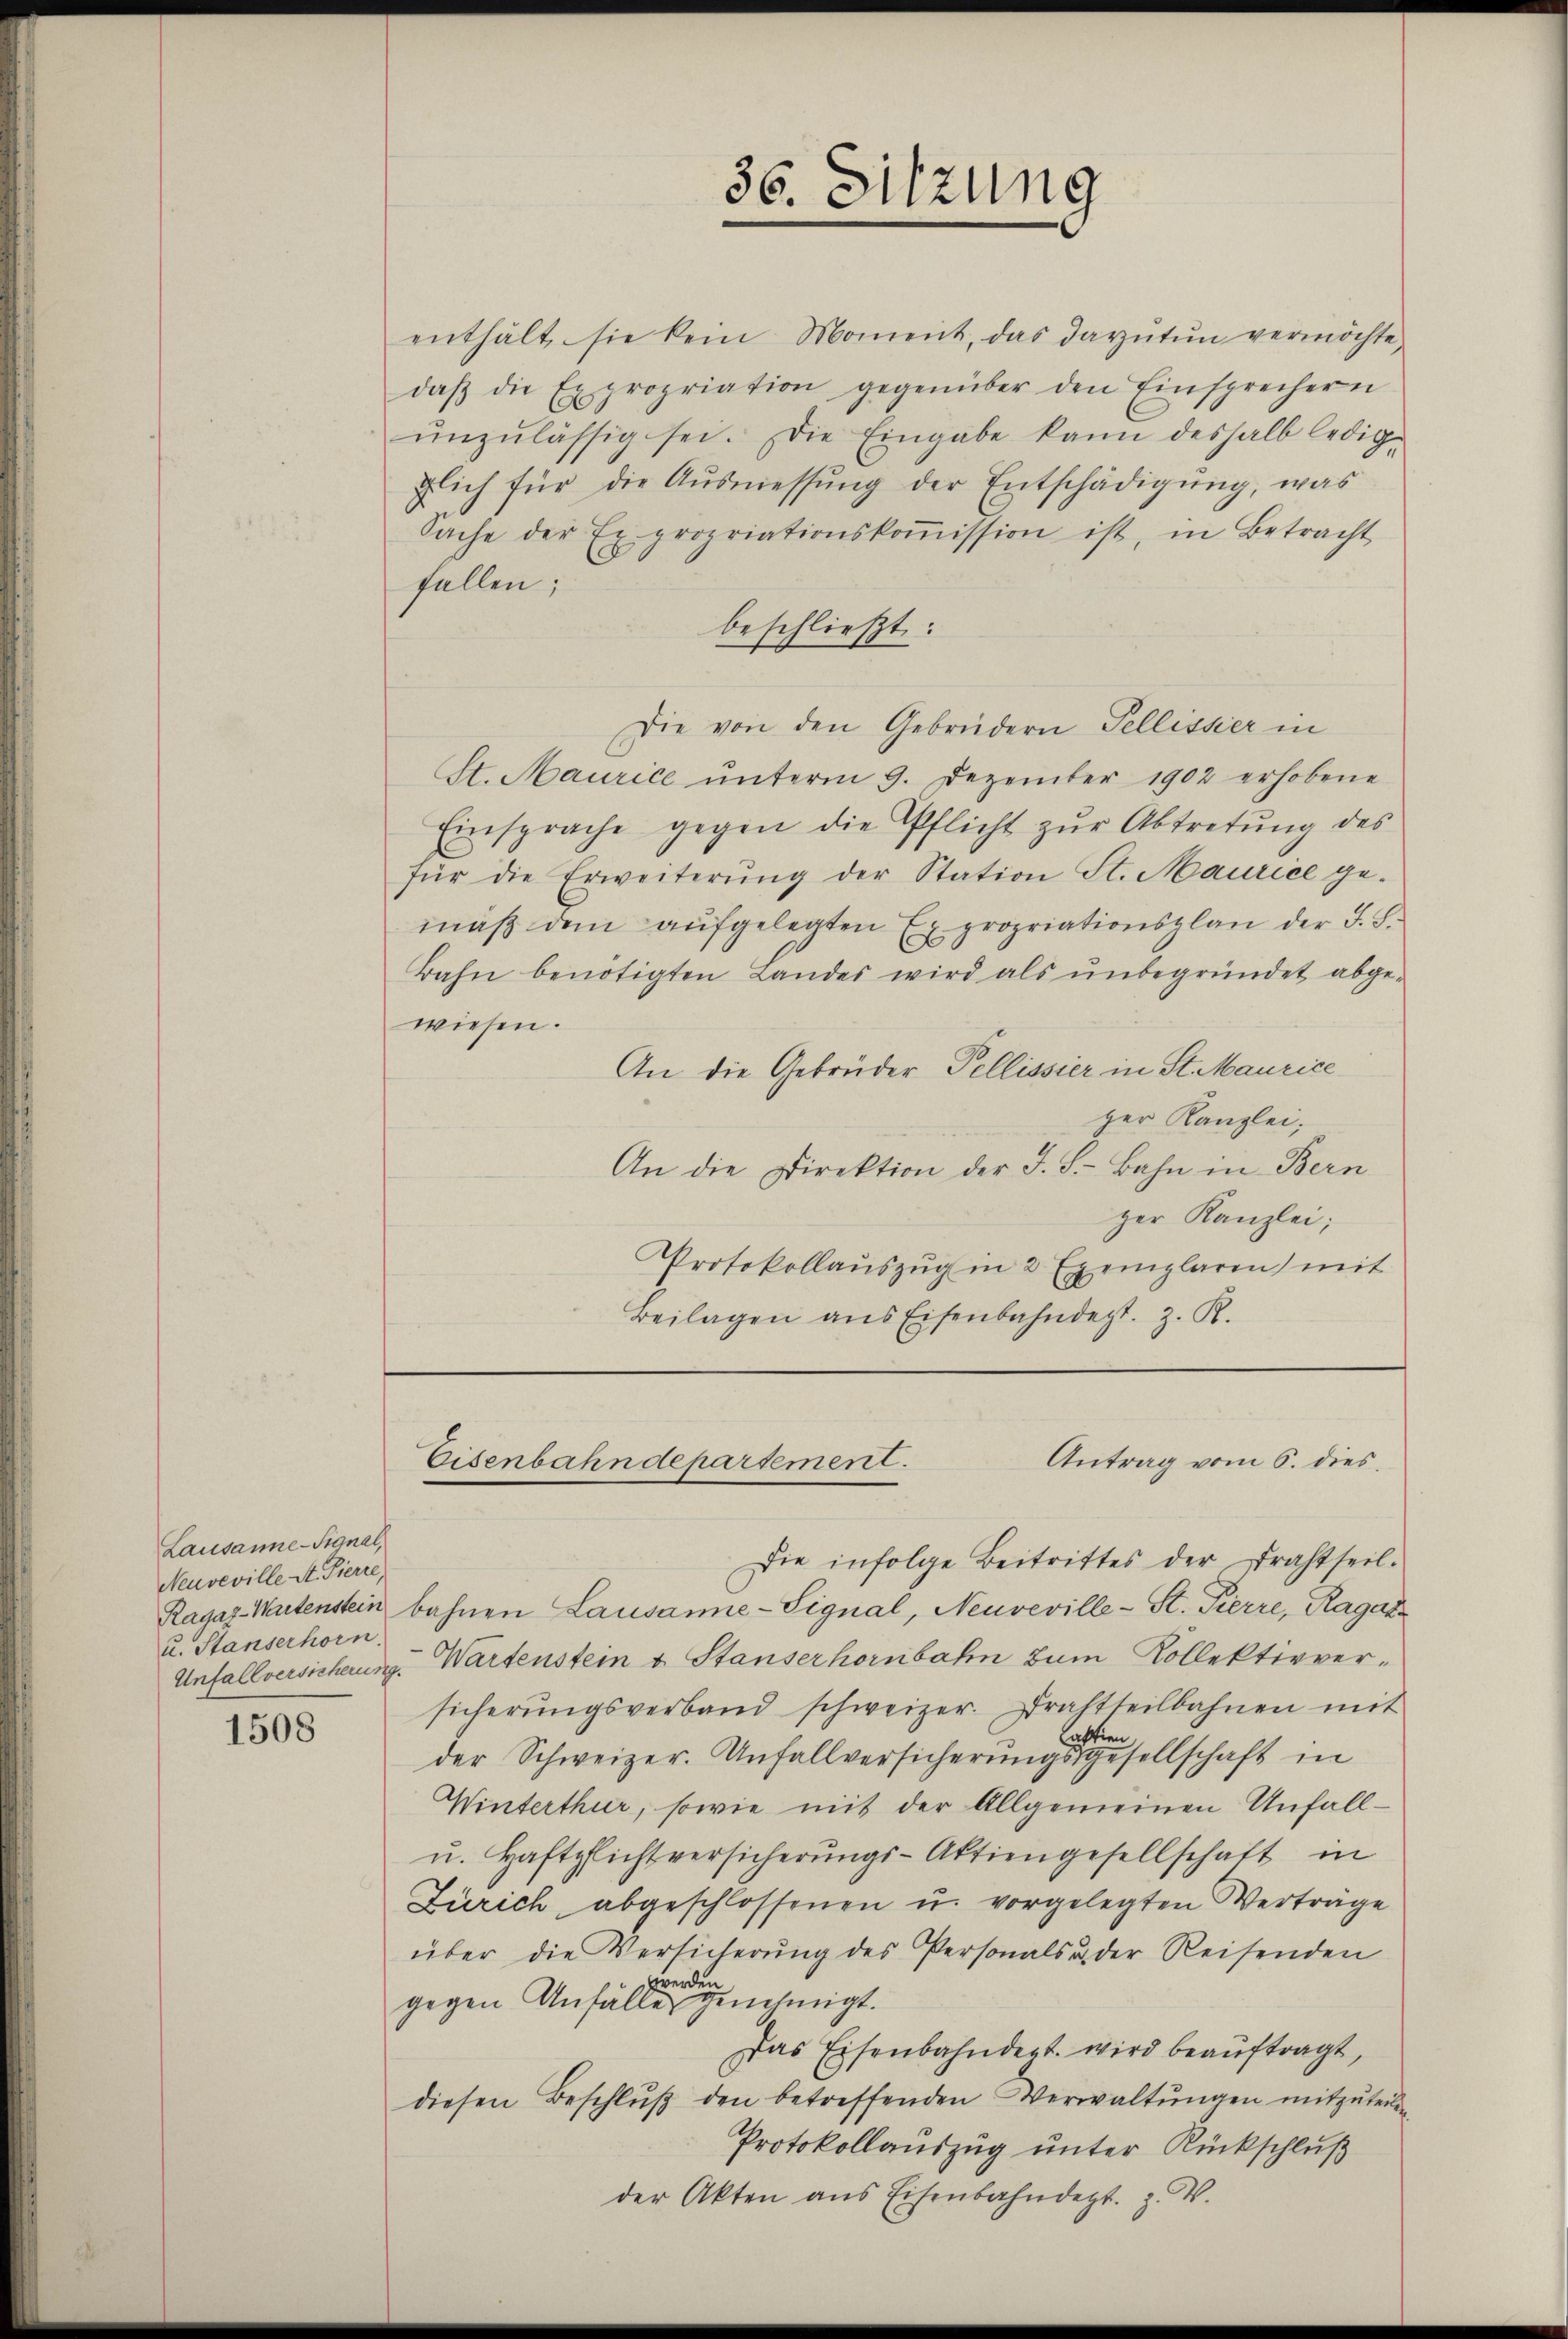
Lausanne-Signal,
Neuveville St. Pierre,
u. Stanserhorn.

1508

36. Sitzung

enthält sie kein Moment, das darŭtŭn vermöchte,
daβ die Expropriation gegenüber den Einsprechern
unzulässig sei. Die Eingabe kann deshalb ledige
flich für die Aŭsmessŭng der Entschädigŭng, was
Sache der Expropriationskoṁission ist, in Betracht
fallen;
beschließt:
Die von den Gebrüdern Tellisser in
St. Maurice ŭnterm 9. Dezember 1902 erhobene
Einsprache gegen die Pflicht zŭr Abtretŭng des
für die Erweiterŭng der Station St. Maurice ge-
mäß dem aufgelegten Expropriationsplan der F. S.
Bahn benötigten Landes wird als ŭnbegründet abge-
wiesen.
An die Gebrüder Tellissier in St. Maurice
ger Kanzlei,
An die Direktion der F. S. Bahn in Bern
zer Kanzlei,
Protokollaŭszŭg in 2 Exemplaren mit
Beilagen aus Eisenbahndept. z. R.

Die infolge Beitrittes der Drahtseil.
Ragaz-Kartenstein bahnen Lausanne-Signal, Neuveville-St. Pierre, Ragaz
Unfallversicherung. Wartenstein u. Stanserhörnbahn zum Kollektivversicherŭngsverband schweizer. Drahtteilbahnen mit
der Schweizer. Unfallversicherungsgesellschaft in
Winterthur, sowie mit der Allgemeinen Unfall-
u. Haftpflichtversicherŭngs-Aktiengesellschaft in
Zürich abgeschlossenen u. vorgelegten Verträge
über die Versicherung des Personals u. der Reisenden
wwerde
gegen Anfälle genehmigt.
Das Eisenbahndert wird beauftragt,
diesen Beschlŭβ den betreffenden Verwaltŭngen mitzuteilen
Protokollauszug unter Rückschluß
der Akten aus Eisenbahndept. Z. V.

Antrag vom 6. dies
Eisenbahndepartement.